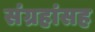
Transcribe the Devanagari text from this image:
संग्रहांसह